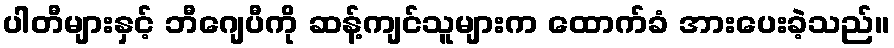
ပါတီများနှင့် ဘီဂျေပီကို ဆန့်ကျင်သူများက ထောက်ခံ အားပေးခဲ့သည်။